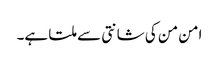
امن من کی شانتی سے ملتا ہے۔